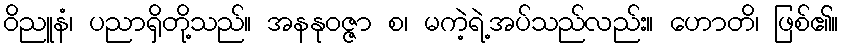
ဝိညူနံ၊ ပညာရှိတို့သည်။ အနနုဝဇ္ဇာ စ၊ မကဲ့ရဲ့အပ်သည်လည်း။ ဟောတိ၊ ဖြစ်၏။